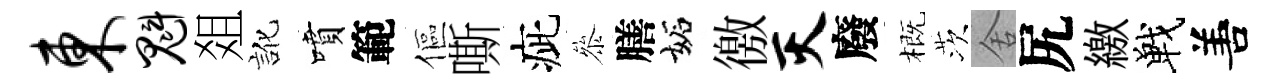
东魁爼訛噴範傴嘶疵叅膳妬徼灭廢概茨舍尻繳戰𠵊